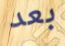
بعد